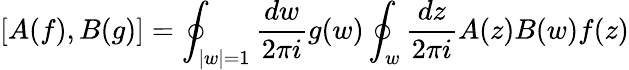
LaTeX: [A(f),B(g)]=\oint_{|w|=1}\frac{dw}{2\pi i}g(w)\oint_{w}\frac{dz}{2\pi i}A(z)B(w)f(z)